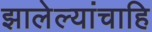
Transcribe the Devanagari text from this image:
झालेल्यांचाहि